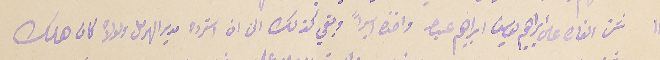
١١ شن الغارة على ابراهم يواسف ابراهيم عبدالله واخده اسيراً وبقي كذلك الى ان استرده مدير الهرمل ولولاه كان هلك